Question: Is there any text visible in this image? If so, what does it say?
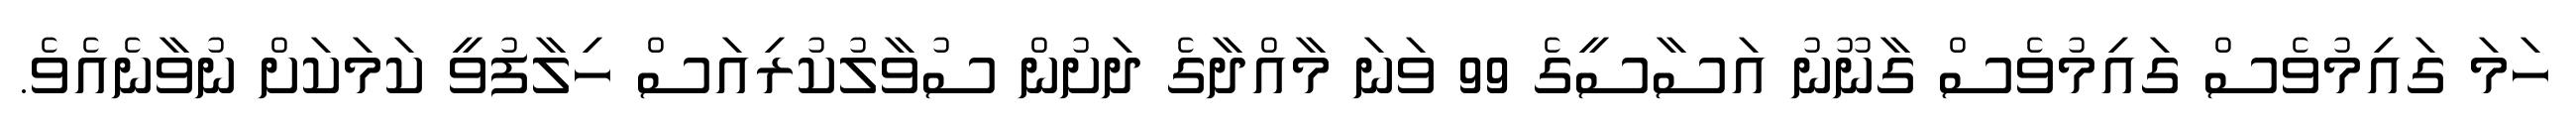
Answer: ހަމަ ގައިމުވެސް ގައިމުވެސް ގާނޫނު އަސާސީގެ 99 ވަނަ މާއްދާގެ ދަށުން ސުވާލުކުރިއަސް ހިލާފުވީ ކަމަކަށް ނުވާނެއެވެ.